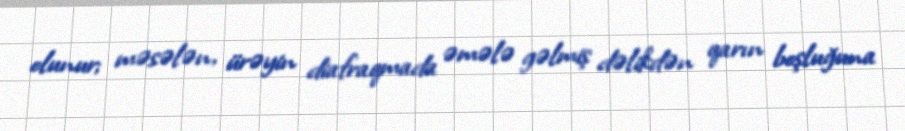
olunur; məsələn, ürəyin diafraqmada əmələ gəlmiş dəlikdən qarın boşluğuna